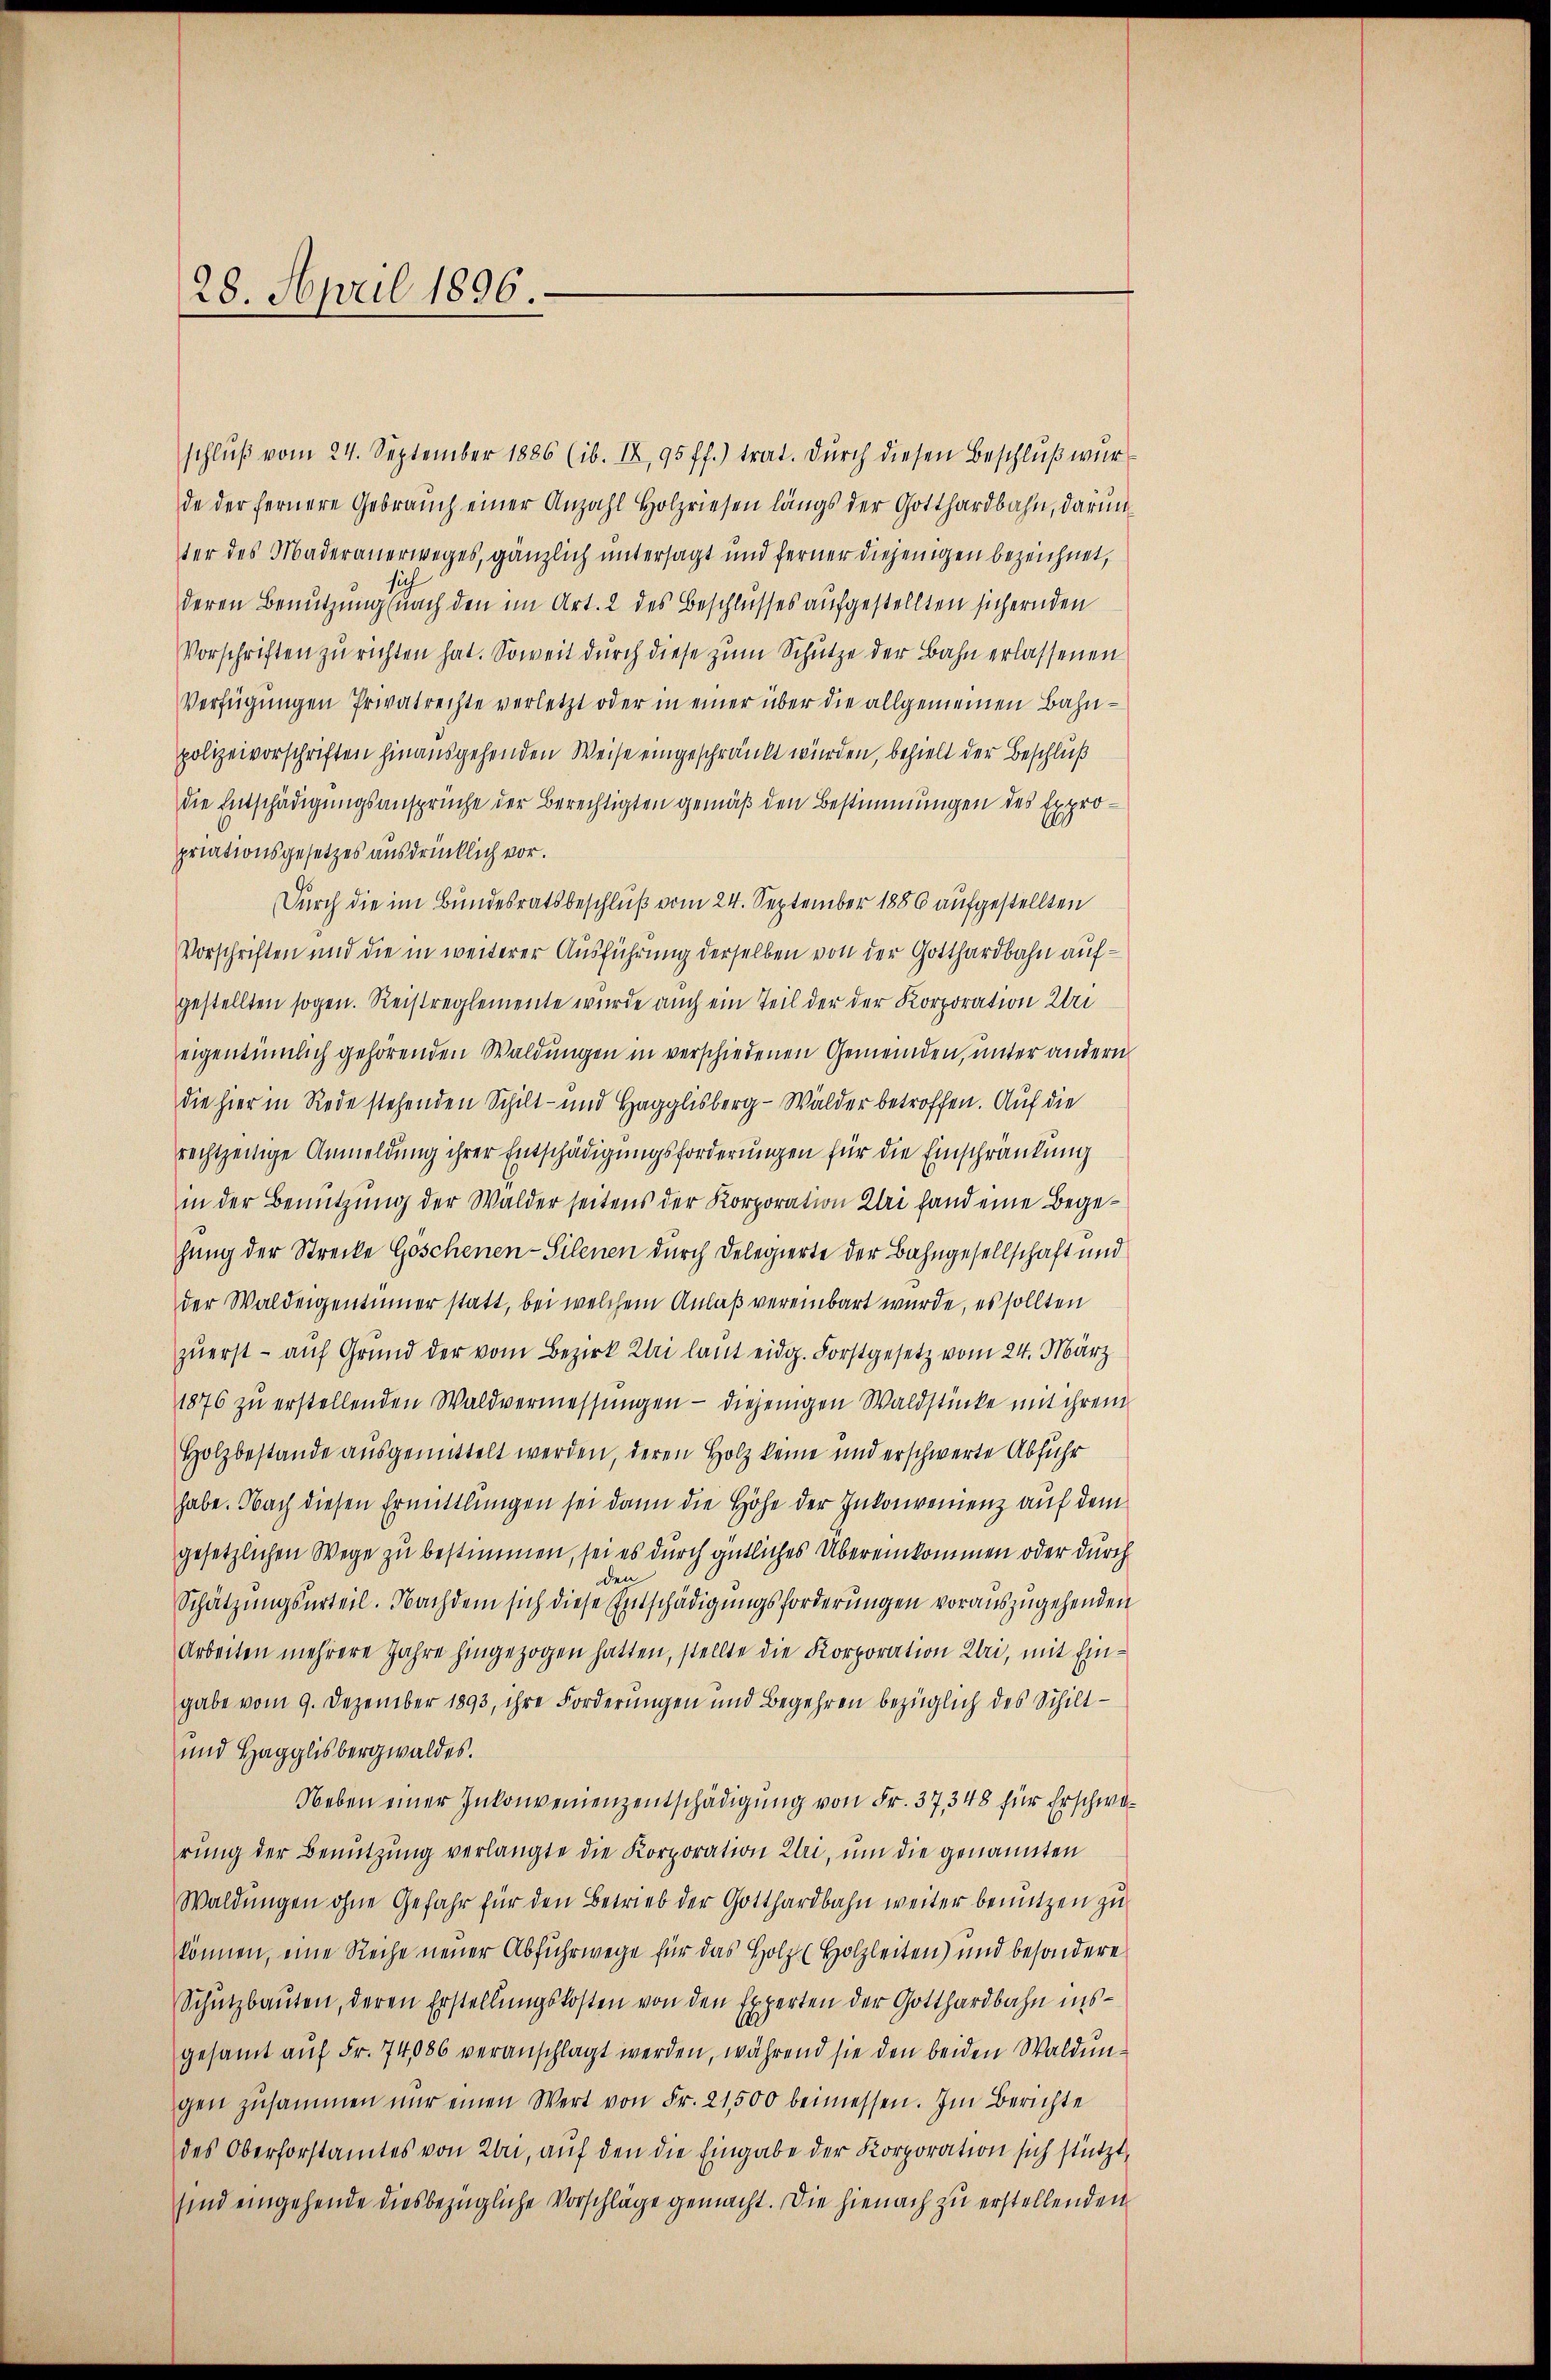
28. April 1896.

ter des Maderanerweges, gänzlich untersagt und ferner diejenigen bezeichnet,
deren Benutzung nach den im Art. 2 des Beschlusses aufgestellten sichernden
Vorschriften zu richten hat. Soweit durch diese zum Schütze der Bahn erlassenen
Verfügungen Privatrechte verletzt oder in einer über die allgemeinen Bahnpolizeivorschriften hinausgehenden Weise eingeschränkt würden, behielt der Beschluß
die Entschädigungsansprüche der Berechtigten gemäß den Bestimmungen des Expropriationsgesetzes ausdrücklich vor.
Durch die im Bundesratsbeschluß vom 24. September 1886 aufgestellten
Vorschriften und die in weiterer Ausführung derselben von der Gotthardbahn aufgestellten sogen. Reistreglemente wurde auch ein Teil der der Korporation Uri
eigentümlich gehörenden Waldungen in verschiedenen Gemeinden, unter andern
die hier in Rede stehenden Schilt- und Hagglisberg-Wälder betroffen. Auf die
rechtzeitige Anmeldung ihrer Entschädigungsforderungen für die Einschränkung
in der Benutzung der Walder seitens der Korporation Klei fand eine Begehung der Strecke Göschenen-Silenen durch Delegierte der Bahngesellschaft und
der Waldeigentümer statt, bei welchem Anlaß vereinbart wurde, es sollten
zuerst - auf Grund der vom Bezirk Klei laut eidg. Forstgesetz vom 24. März
1876 zŭ erstellenden Waldvermessungen - diejenigen Waldstücke mit ihrem
Holzbestande ausgemittelt werden, deren Holz keine und erschwerte Abführ
habe. Nach diesen Ermittlungen sei dann die Höhe der Inkonvenienz auf dem
gesetzlichen Wege zu bestimmen, sei es durch gütliches Übereinkommen oder durch
den
Schätzungsurteil. Nachdem sich diese Entschädigungsforderungen vorauszugehenden
Arbeiten mehrere Jahre hingezogen hatten, stellte die Korporation Uri, mit Eingabe vom 9. Dezember 1893, ihre Forderungen und Begehren bezüglich des Schilt¬
und Hagglisbergwaldes.
Neben einer Inkonvenienzentschädigung von Fr. 37, 348 für Erschwarung der Benŭtzŭng verlangte die Korporation Uri, um die genannten
Waldungen ohne Gefahr für den Betrieb der Gotthardbahn weiter benutzen zu
können, eine Reihe neuer Abfuhrwege für das Holz (Holzleiten) und besondere
Schutzbauten, deren Erstellungskosten von den Experten der Gotthardbahn insgesamt aŭf Fr. 74,086 veranschlagt werden, während sie den beiden Waldun-
gen zusammen nur einen Wert von Fr. 21500 beimessen. Im Berichte
des Oberforstamtes von bei, auf den die Eingabe der Korporation sich stützt,
sind eingehende diesbezügliche Vorschlage gemacht. Die hienach zu erstellenden

schlŭβ vom 24. September 1886 (ib. IV, 95 ff.) trat. Durch diesen Beschluß wurde der fernere Gebrauch einer Anzahl Holzriesen längs der Gotthardbahn, darun